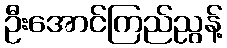
ဦးအောင်ကြည်ညွန့်